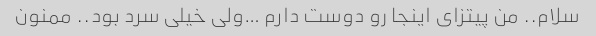
سلام.. من پیتزای اینجا رو دوست دارم …ولی خیلی سرد بود.. ممنون